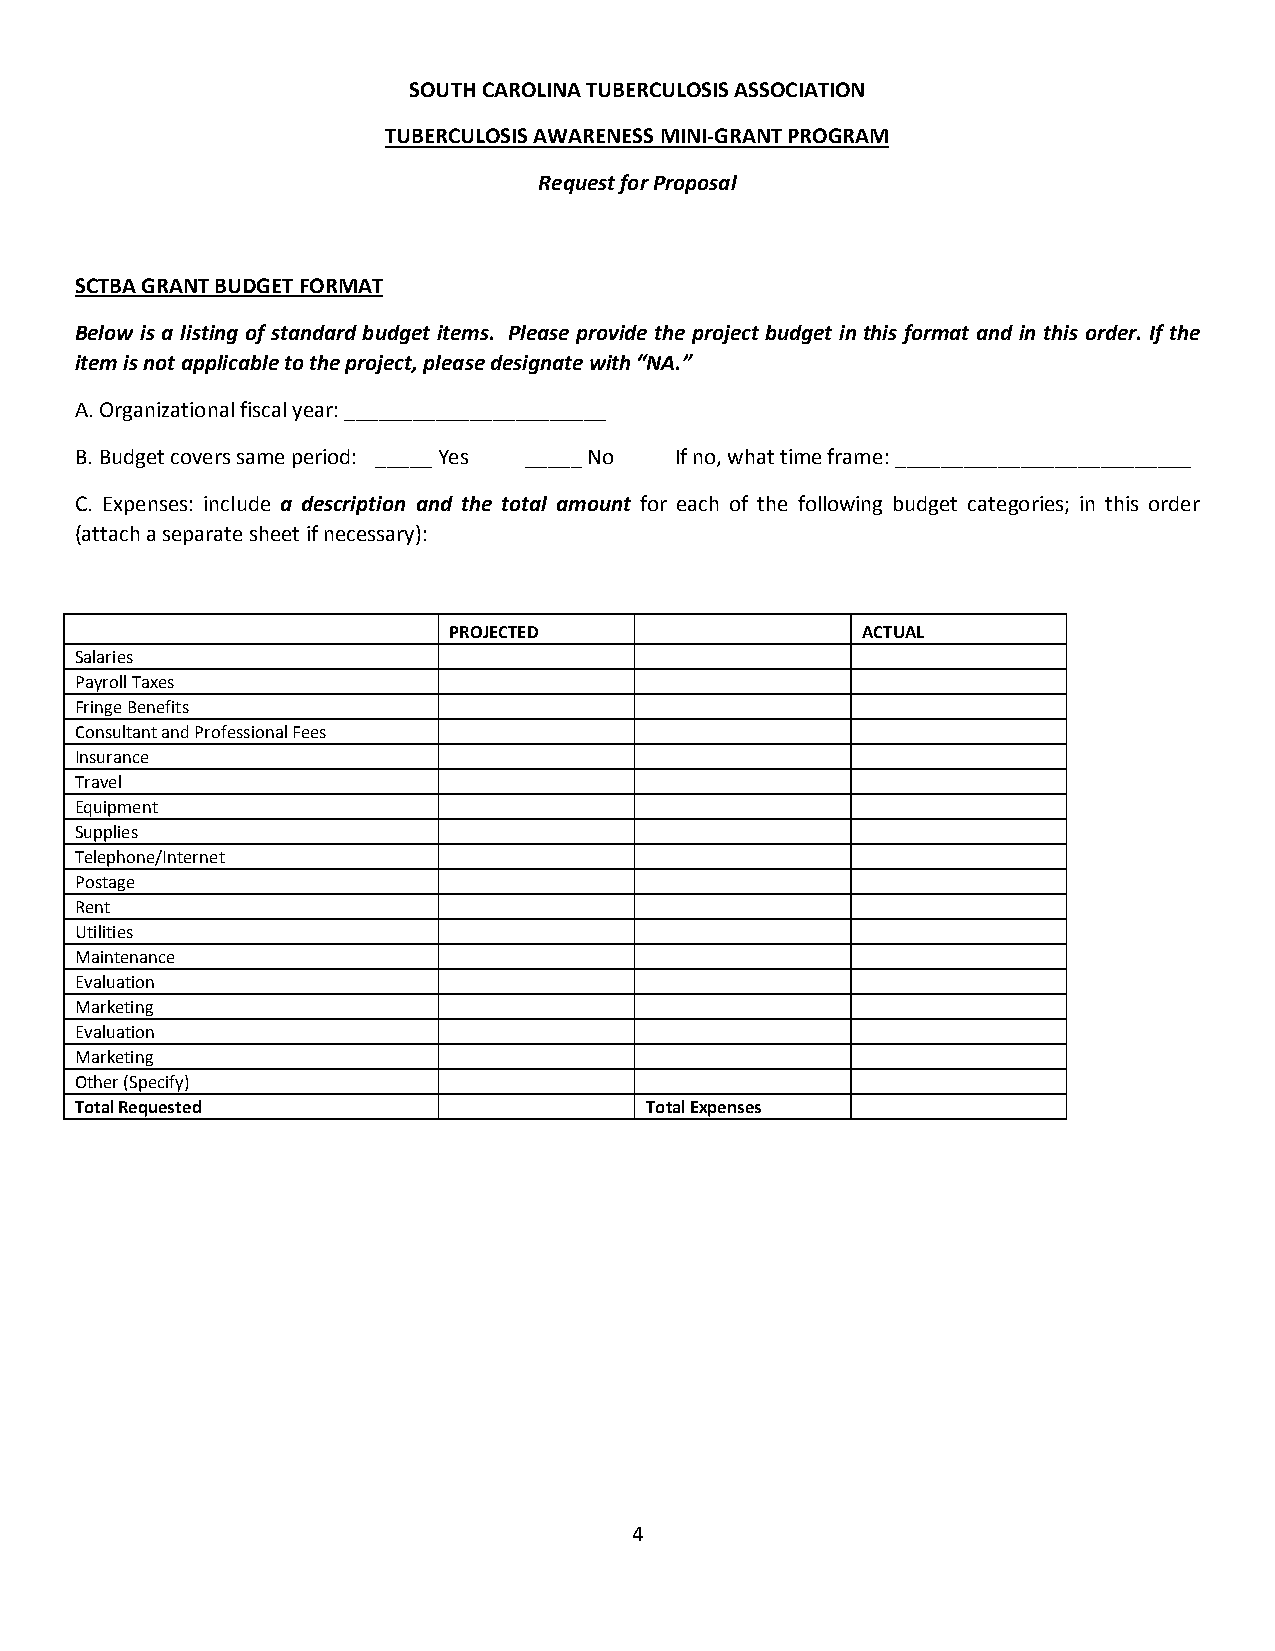
SOUTH CAROLINA TUBERCULOSIS ASSOCIATION
 TUBERCULOSIS AWARENESS MINI-GRANT PROGRAM
 Request for Proposal
 SCTBA GRANT BUDGET FORMAT
 Below is a listing of standard budget items. Please provide the project budget in this format and in this order. If the
 item is not applicable to the project, please designate with “NA.”
 A. Organizational fiscal year: _______________________
 B. Budget covers same period: _____ Yes _____ No If no, what time frame: __________________________
 C. Expenses: include a description and the total amount for each of the following budget categories; in this order
 (attach a separate sheet if necessary):
 PROJECTED                  ACTUAL
 Salaries
 Payroll Taxes
 Fringe Benefits
 Consultant and Professional Fees
 Insurance
 Travel
 Equipment
 Supplies
 Telephone/Internet
 Postage
 Rent
 Utilities
 Maintenance
 Evaluation
 Marketing
 Evaluation
 Marketing
 Other (Specify)
 Total Requested                       Total Expenses
 4